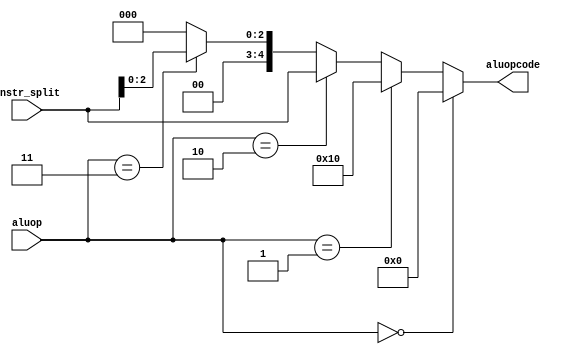
`timescale 1ns / 1ns
//////////////////////////////////////////////////////////////////////////////////
// Company: 
// Engineer: 
// 
// Design Name: 
// Module Name: 
// Project Name: 
// Target Devices: 
// Tool Versions: 
// Description: 
// 
// Dependencies: 
// 
// Revision:
// Revision 0.01 - File Created
// Additional Comments:
// 
//////////////////////////////////////////////////////////////////////////////////

module alu_control (
	input 		[4:0] instr_split,	// {instr[30],instr[25], instr[14:12] (funct3)}
	input 		[1:0] aluop,
	output wire 	[4:0] aluopcode
);


assign aluopcode = (aluop == 2'b00) ? 5'b00000: 
    (aluop == 2'b01) ? 5'b10000: 
    (aluop == 2'b10) ? instr_split:
    (aluop == 2'b11) ? {2'b00, instr_split[2:0]}:
    //assign instr_splt = {(q1[30]), (q1[25]), (q1[14:12])};  
    5'b00000; //default


endmodule